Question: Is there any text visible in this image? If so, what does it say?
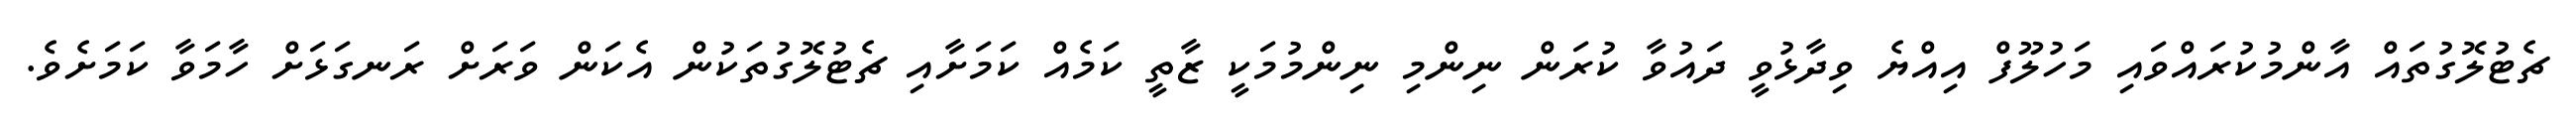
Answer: ޗެޓުލޮގުތައް އާންމުކުރައްވައި މަހުލޫފް އިއްޔެ ވިދާޅުވީ ދައުވާ ކުރަން ނިންމި ނިންމުމަކީ ޒާތީ ކަމެއް ކަމަށާއި ޗެޓުލޮގުތަކުން އެކަން ވަރަށް ރަނގަޅަށް ހާމަވާ ކަމަށެވެ.